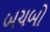
બચબો